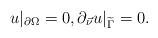
\begin{align*}u \vert_{\partial\Omega} =0, \partial_{\vec \nu} u\vert_{\widetilde \Gamma} =0.\end{align*}